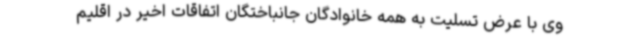
وی با عرض تسلیت به همه خانوادگان جانباختگان اتفاقات اخیر در اقلیم